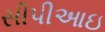
સીપીઆઇ